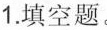
1.填空题。